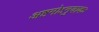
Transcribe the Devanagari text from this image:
अष्टमोऽनुवाकः